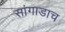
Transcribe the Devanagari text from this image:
सांगाडाच